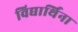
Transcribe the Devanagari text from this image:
विद्यार्थिना